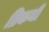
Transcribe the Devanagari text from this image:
व्रिकमी